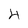
Character: 4